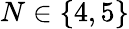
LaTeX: N\in\{ 4,5\}